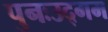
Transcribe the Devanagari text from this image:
पुनःउद्गम